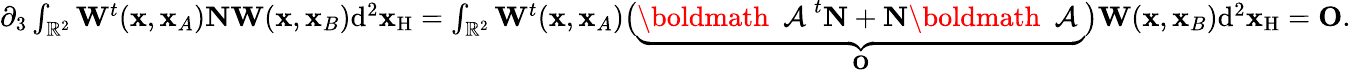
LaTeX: \begin{array}{r}{\partial_{3}\int_{{\mathbb{R}}^{2}}{\mathbf W}^{t}({\mathbf x},{\mathbf x}_{A}){\mathbf N}{\mathbf W}({\mathbf x},{\mathbf x}_{B})\mathrm{d}^{2}{\mathbf x}_{\mathrm{H}}=\int_{{\mathbb{R}}^{2}}{\mathbf W}^{t}({\mathbf x},{\mathbf x}_{A})\bigl(\underbrace{\mathrm{\boldmath~{\cal~A}~}^{t}{\mathbf N}+{\mathbf N}\mathrm{\boldmath~{\cal~A}~}}_{\mathbf O}\bigr){\mathbf W}({\mathbf x},{\mathbf x}_{B})\mathrm{d}^{2}{\mathbf x}_{\mathrm{H}}={\mathbf O}.}\end{array}